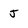
Character: j